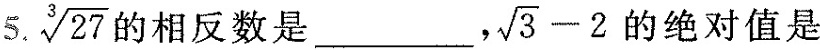
5 \sqrt [3]{27} 的相反数是___， $$\sqrt { 3 } - 2$$ 的绝对值是